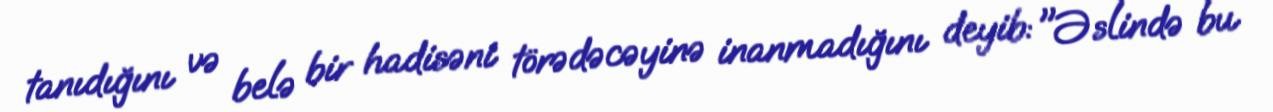
tanıdığını və belə bir hadisəni törədəcəyinə inanmadığını deyib: "Əslində bu